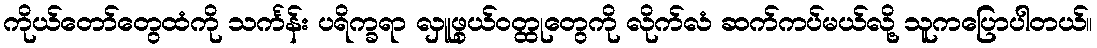
ကိုယ်တော်တွေထံကို သင်္ကန်း ပရိက္ခရာ လှူဖွယ်ဝတ္ထုတွေကို လိုက်လံ ဆက်ကပ်မယ်လို့ သူကပြောပါတယ်။